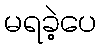
မရခဲ့ပေ